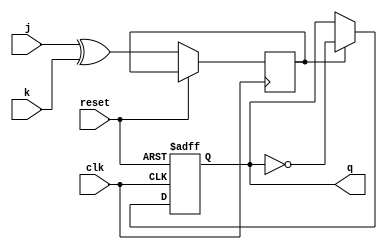
module t_ff_jk (
    input wire clk,
    input wire reset,
    input wire j,
    input wire k,
    output reg q
);

reg t, q_bar;

always @ (posedge clk or posedge reset) begin
    if (reset) begin
        q <= 1'b0;
    end else begin
        t <= j ^ k;
        q <= t ? ~q : q;
    end
end

endmodule